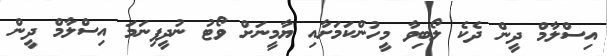
އިސްލާމް ދީން ދެކެ ލޯބިވާ މީހުންކަމަށާއި ޔާމީނަށް ވޯޓު ނުދީފިނަމަ އިސްލާމް ދީން